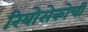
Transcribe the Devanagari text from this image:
रियोसेकोची